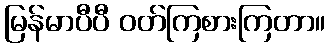
မြန်မာပီပီ ဝတ်ကြစားကြတာ။